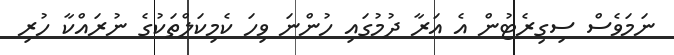
ނަމަވެސް ސިގިރެޓުން އެ އަރާ ދުމުގައި ހުންނަ ވިހަ ކެމިކަލްތަކުގެ ނުރައްކާ ހުރި